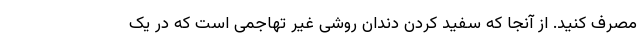
مصرف کنید. از آنجا که سفید کردن دندان روشی غیر تهاجمی است که در یک